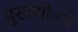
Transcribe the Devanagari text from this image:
पुरवणीतले